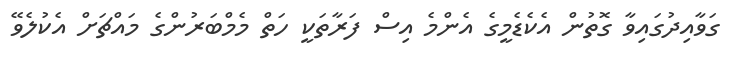
ގަވާއިދުގައިވާ ގޮތުން އެކެޑެމީގެ އެންމެ އިސް ފަރާތަކީ ހަތް މެމްބަރުންގެ މައްޗަށް އެކުލެވޭ